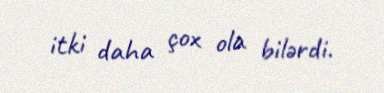
itki daha çox ola bilərdi.